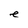
Character: e